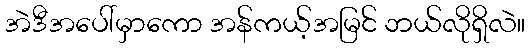
အဲဒီအပေါ်မှာကော အန်ကယ့်အမြင် ဘယ်လိုရှိလဲ။